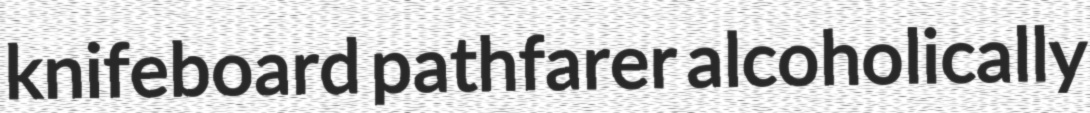
knifeboard pathfarer alcoholically